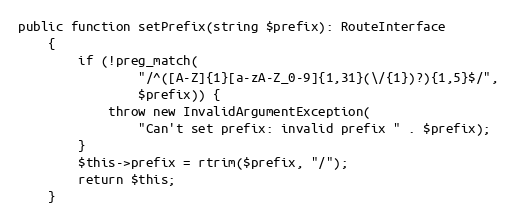
Language: PHP
public function setPrefix(string $prefix): RouteInterface
    {
        if (!preg_match(
                "/^([A-Z]{1}[a-zA-Z_0-9]{1,31}(\/{1})?){1,5}$/",
                $prefix)) {
            throw new InvalidArgumentException(
                "Can't set prefix: invalid prefix " . $prefix);
        }
        $this->prefix = rtrim($prefix, "/");
        return $this;
    }